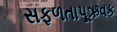
સફળતાપૂઋવક